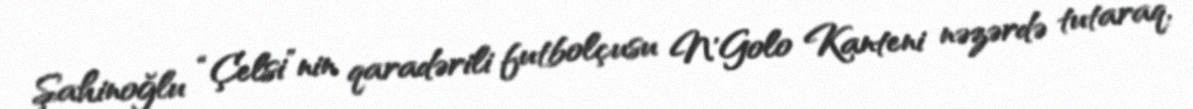
Şahinoğlu “Çelsi”nin qaradərili futbolçusu N'Golo Kanteni nəzərdə tutaraq,